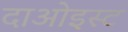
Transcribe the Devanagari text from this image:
दाओइस्ट